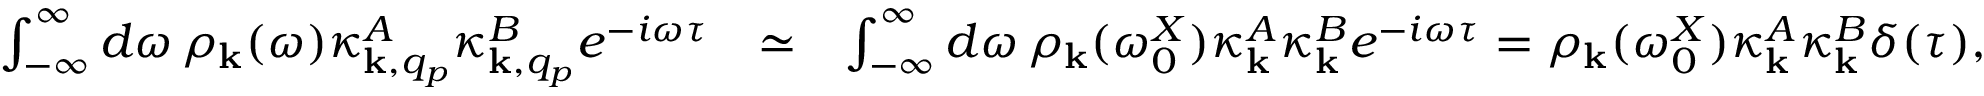
\begin{array} { r l r } { \int _ { - \infty } ^ { \infty } d \omega \, \rho _ { { \bf k } } ( \omega ) \kappa _ { { \bf k } , q _ { p } } ^ { A } \kappa _ { { \bf k } , q _ { p } } ^ { B } e ^ { - i \omega \tau } } & { \simeq } & { \int _ { - \infty } ^ { \infty } d \omega \, \rho _ { { \bf k } } ( \omega _ { 0 } ^ { X } ) \kappa _ { { \bf k } } ^ { A } \kappa _ { { \bf k } } ^ { B } e ^ { - i \omega \tau } = \rho _ { { \bf k } } ( \omega _ { 0 } ^ { X } ) \kappa _ { { \bf k } } ^ { A } \kappa _ { { \bf k } } ^ { B } \delta ( \tau ) , } \end{array}